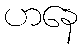
ဟနေ